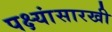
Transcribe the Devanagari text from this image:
पक्ष्यांसारखी